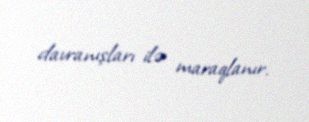
davranışları ilə maraqlanır.